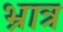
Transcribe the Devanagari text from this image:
भ्रात्र